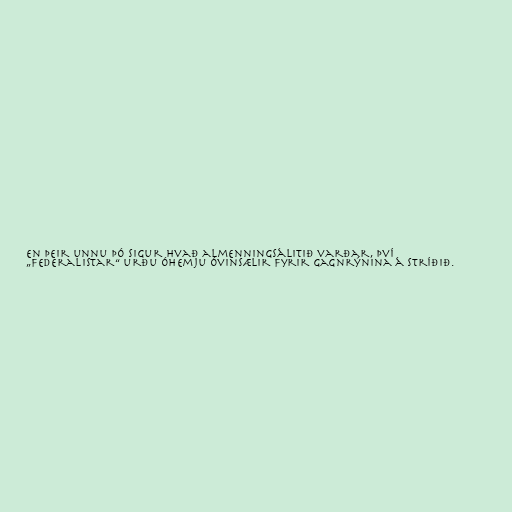
En þeir unnu þó sigur hvað almenningsálitið varðar, því
„federalistar“ urðu óhemju óvinsælir fyrir gagnrýnina á stríðið.